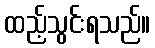
ထည့်သွင်းရသည်။